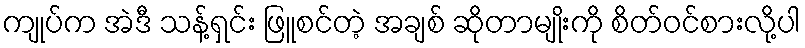
ကျုပ်က အဲဒီ သန့်ရှင်း ဖြူစင်တဲ့ အချစ် ဆိုတာမျိုးကို စိတ်ဝင်စားလို့ပါ